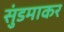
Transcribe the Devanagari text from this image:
सुंडमाकर